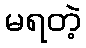
မရတဲ့